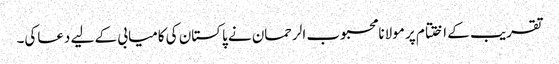
تقریب کے اختتام پر مولانامحبوب الرحمان نے پاکستان کی کامیابی کے لیے دعاکی۔